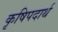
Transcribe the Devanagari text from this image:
कृषिपदार्थ